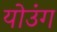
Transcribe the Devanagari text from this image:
योउंग